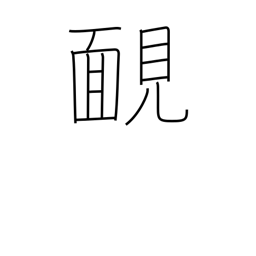
Meaning: unashamed